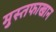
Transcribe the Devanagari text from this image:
मुस्तफाखान